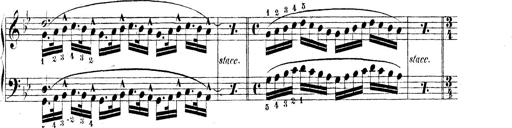
Title: Technische Studien
Composer: Franz Liszt